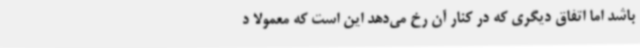
باشد اما اتفاق دیگری که در کنار آن رخ می‌دهد این است که معمولاً د